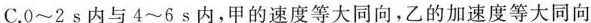
C.0 \sim 2s内与4 \sim 6s内，甲的速度等大同向，乙的加速度等大同向